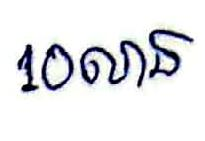
10លាន